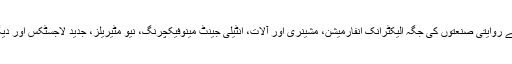
صنعتی ڈھانچے میں تبدیلی کے ذریعے روایتی صنعتوں کی جگہ الیکٹرانک انفارمیشن، مشینری اور آلات، انٹیلی جینٹ مینوفیکچرنگ، نیو مٹیریلز، جدید لاجسٹکس اور دیگر ابھرتی ہوئی صنعتیں لے چکی ہیں۔